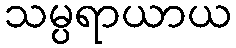
သမ္ပရာယာယ